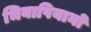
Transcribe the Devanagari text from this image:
भियापियानो